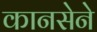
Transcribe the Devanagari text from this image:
कानसेने